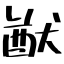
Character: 猷